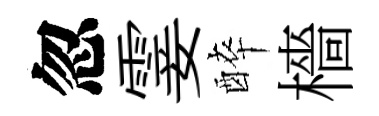
忽霎醉檣